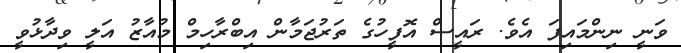
ވަނީ ނިންމައިފަ އެވެ. ރައީސް އޮފީހުގެ ތަރުޖަމާން އިބްރާހިމް މުއާޒު އަލީ ވިދާޅުވީ